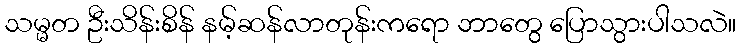
သမ္မတ ဦးသိန်းစိန် နမ့်ဆန်လာတုန်းကရော ဘာတွေ ပြောသွားပါသလဲ။